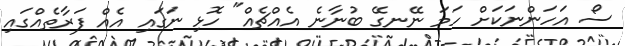
ސޯ އަހަންނަކަށް ހަމަ ނޭނގޭ ބުނާނެ އެއްޗެއް" ހޮޅި ނަގައި އެއް ފަރާތެއްގައި